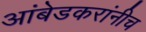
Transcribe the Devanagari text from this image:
आंबेडकरांनीच